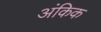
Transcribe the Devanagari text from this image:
अंकिक